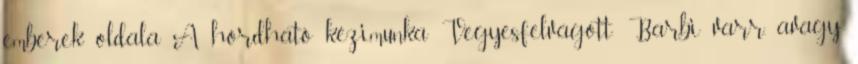
emberek oldala A hordható kézimunka Vegyesfelvágott: Barbi varr, avagy